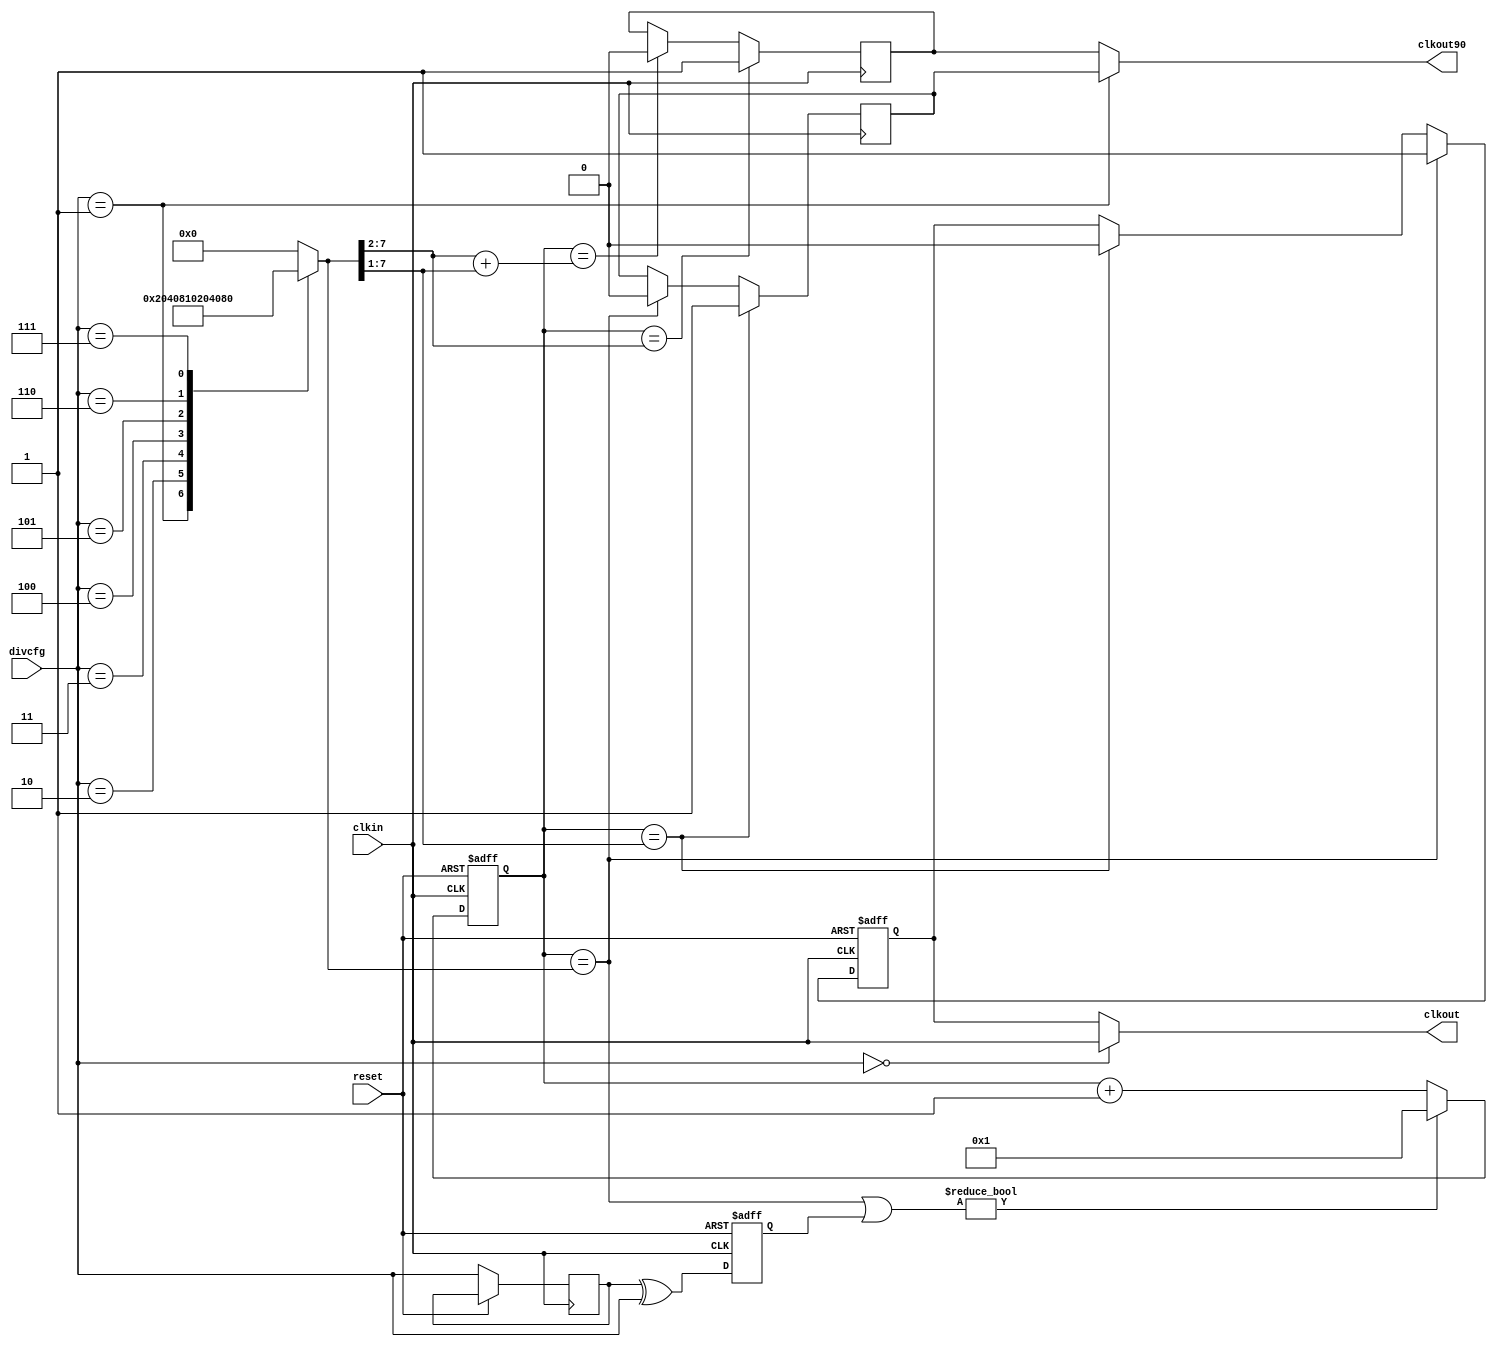
module clock_divider(/*AUTOARG*/
   // Outputs
   clkout, clkout90,
   // Inputs
   clkin, divcfg, reset
   );

   input       clkin;    // Input clock
   input [3:0] divcfg;   // Divide factor
   input       reset;    // Counter init

   output      clkout;   // Divided clock phase aligned with clkin 
   output      clkout90; // Divided clock with 90deg phase shift with clkout


   reg        clkout_reg;
   reg [7:0]  counter;   
   reg [7:0]  divcfg_dec;
   reg [3:0]  divcfg_reg;
   reg [3:0]  divcfg_change;
   
   wire       div2_sel;
   wire       div1_sel;   
   wire       posedge_match;
   wire       negedge_match;  
   wire       posedge90_match;
   wire       negedge90_match; 
   reg 	      clkout90_div4;
   reg 	      clkout90_div2;
   
   // ###################
   // # Decode divcfg
   // ###################

   always @ (divcfg[3:0])
     casez (divcfg[3:0])
	  4'b0001 : divcfg_dec[7:0] = 8'b00000010;  // Divide by 2
	  4'b0010 : divcfg_dec[7:0] = 8'b00000100;  // Divide by 4
	  4'b0011 : divcfg_dec[7:0] = 8'b00001000;  // Divide by 8
	  4'b0100 : divcfg_dec[7:0] = 8'b00010000;  // Divide by 16
          4'b0101 : divcfg_dec[7:0] = 8'b00100000;  // Divide by 32
          4'b0110 : divcfg_dec[7:0] = 8'b01000000;  // Divide by 64
          4'b0111 : divcfg_dec[7:0] = 8'b10000000;  // Divide by 128
	  default : divcfg_dec[7:0] = 8'b00000000;   // others
	endcase
   
   //Divide by two special case
   assign div2_sel = divcfg[3:0]==4'b0001;
   assign div1_sel = divcfg[3:0]==4'b0000;
   
   
   //Edge change detector (no need for synchronizer)
   always @ (posedge clkin or posedge reset)
     if(reset)              
       divcfg_change <=1'b0;
     else
       begin
	  divcfg_change <= (divcfg_reg[3:0]^divcfg[3:0]);	  
	  divcfg_reg[3:0] <=divcfg[3:0];	  
       end
   always @ (posedge clkin or posedge reset)
     if(reset)
       counter[7:0] <= 8'b000001;
     else      
       if(posedge_match | divcfg_change)
	 counter[7:0] <= 8'b000001;// Self resetting
       else
	 counter[7:0] <= (counter[7:0] + 8'b000001);
   
   assign posedge_match    = (counter[7:0]==divcfg_dec[7:0]);
   assign negedge_match    = (counter[7:0]=={1'b0,divcfg_dec[7:1]}); 
   assign posedge90_match  = (counter[7:0]==({2'b00,divcfg_dec[7:2]}));
   assign negedge90_match  = (counter[7:0]==({2'b00,divcfg_dec[7:2]} + 
					     {1'b0,divcfg_dec[7:1]})); 
			      
   always @ (posedge clkin or posedge reset)
     if(reset)
       clkout_reg <= 1'b0;   
     else if(posedge_match)
       clkout_reg <= 1'b1;
     else if(negedge_match)
       clkout_reg <= 1'b0;
  
   assign clkout    = div1_sel ? clkin : clkout_reg;
 
   always @ (posedge clkin)
     clkout90_div4 <= posedge90_match ? 1'b1 :
                      negedge90_match ? 1'b0 :
		                        clkout90_div4;

   always @ (negedge clkin)
     clkout90_div2 <= negedge_match ? 1'b1 :
                      posedge_match ? 1'b0 :
		                     clkout90_div2;
     
   assign clkout90  = div2_sel ? clkout90_div2 : clkout90_div4;
      
endmodule